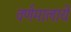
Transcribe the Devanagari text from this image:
वर्णमालायें